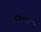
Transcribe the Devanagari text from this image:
संग्रहणों